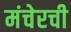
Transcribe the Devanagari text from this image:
मंचेरची